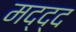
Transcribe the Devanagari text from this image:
मद्द्द